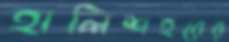
হালিশহরের